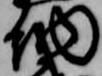
納